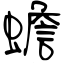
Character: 蟾